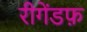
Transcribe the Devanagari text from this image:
रीगेंडफ़